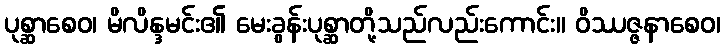
ပုစ္ဆာစေဝ၊ မိလိန္ဒမင်း၏ မေးခွန်းပုစ္ဆာတို့သည်လည်းကောင်း။ ဝိဿဇ္ဇနာစေဝ၊